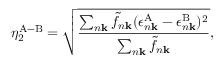
\eta _ { 2 } ^ { \mathrm { A - B } } = \sqrt { \frac { \sum _ { n \mathbf { k } } \tilde { f } _ { n \mathbf { k } } ( \epsilon _ { n \mathbf { k } } ^ { \mathrm { A } } - \epsilon _ { n \mathbf { k } } ^ { \mathrm { B } } ) ^ { 2 } } { \sum _ { n \mathbf { k } } \tilde { f } _ { n \mathbf { k } } } } ,